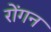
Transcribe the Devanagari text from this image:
रोंगन